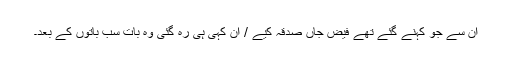
ان سے جو کہنے گئے تھے فیض جاں صدقہ کیے / ان کہی ہی رہ گئی وہ بات سب باتوں کے بعد۔